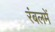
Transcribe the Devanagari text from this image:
रंबलमें